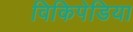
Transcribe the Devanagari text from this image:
विकिपेडिया